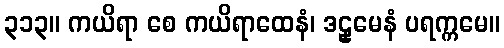
၃၁၃။ ကယိရာ စေ ကယိရာထေနံ၊ ဒဠှမေနံ ပရက္ကမေ။